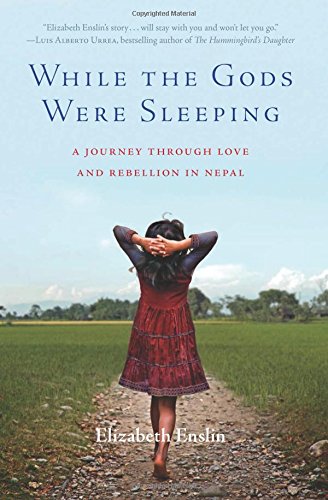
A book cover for While the Gods Were Sleeping: A Journey Through Love and Rebellion in Nepal; Elizabeth Enslin; Travel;